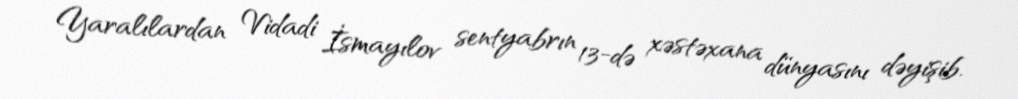
Yaralılardan Vidadi İsmayılov sentyabrın 13-də xəstəxana dünyasını dəyişib.